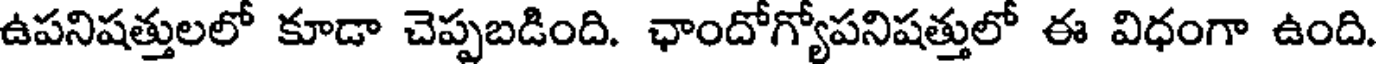
ఉపనిషత్తులలో కూడా చెప్పబడింది. ఛాందోగ్యోపనిషత్తులో ఈ విధంగా ఉంది.